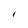
Character: l